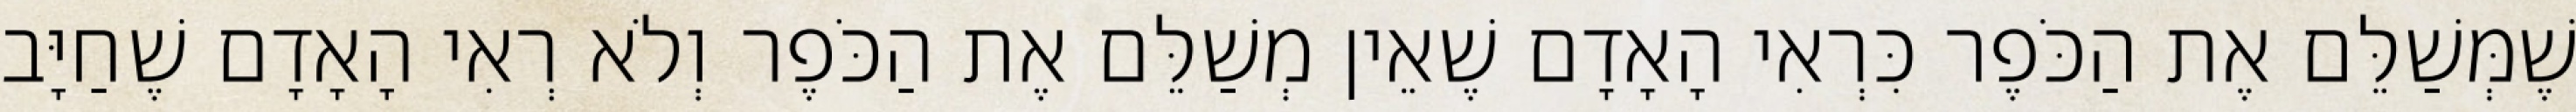
שֶׁמְּשַׁלֵּם אֶת הַכֹּפֶר כִּרְאִי הָאָדָם שֶׁאֵין מְשַׁלֵּם אֶת הַכֹּפֶר וְלֹא רְאִי הָאָדָם שֶׁחַיָּב